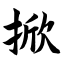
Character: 掀